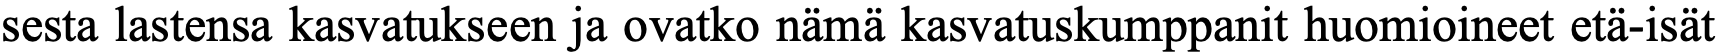
sesta lastensa kasvatukseen ja ovatko nämä kasvatuskumppanit huomioineet etä-isät